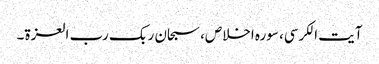
آیت الکرسی، سورہ اخلاص، سبحان ربک رب العزۃ۔